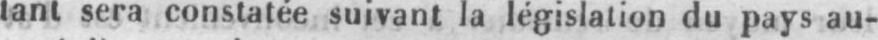
tant sera constatée suivant la législation du pays au-